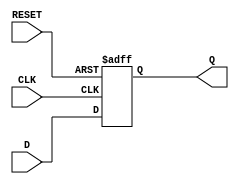
module D_FF_NonSyncRST(D, CLK, RESET, Q);
    input D;      // D
    input CLK;    // 
    input RESET;  // 0
    output reg Q;  // Q


always @(posedge CLK or negedge RESET) begin
    if (RESET == 0) begin
        Q <= 1'b0;     // RESET0Q0
    end else begin
        Q <= D;        // DQ
    end
end

endmodule